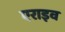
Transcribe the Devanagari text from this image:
एराइव